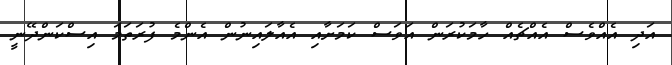
އަދި އެއްވެސް އެއްޗެއް ހާމަކުރަން އަވަސް ކަމަށާއި އެއާލައިނުން އެންމެ ފުރަތަމަ އިސްކަންދޭނީ